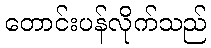
တောင်းပန်လိုက်သည်